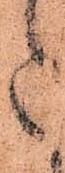
た